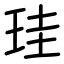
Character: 珪